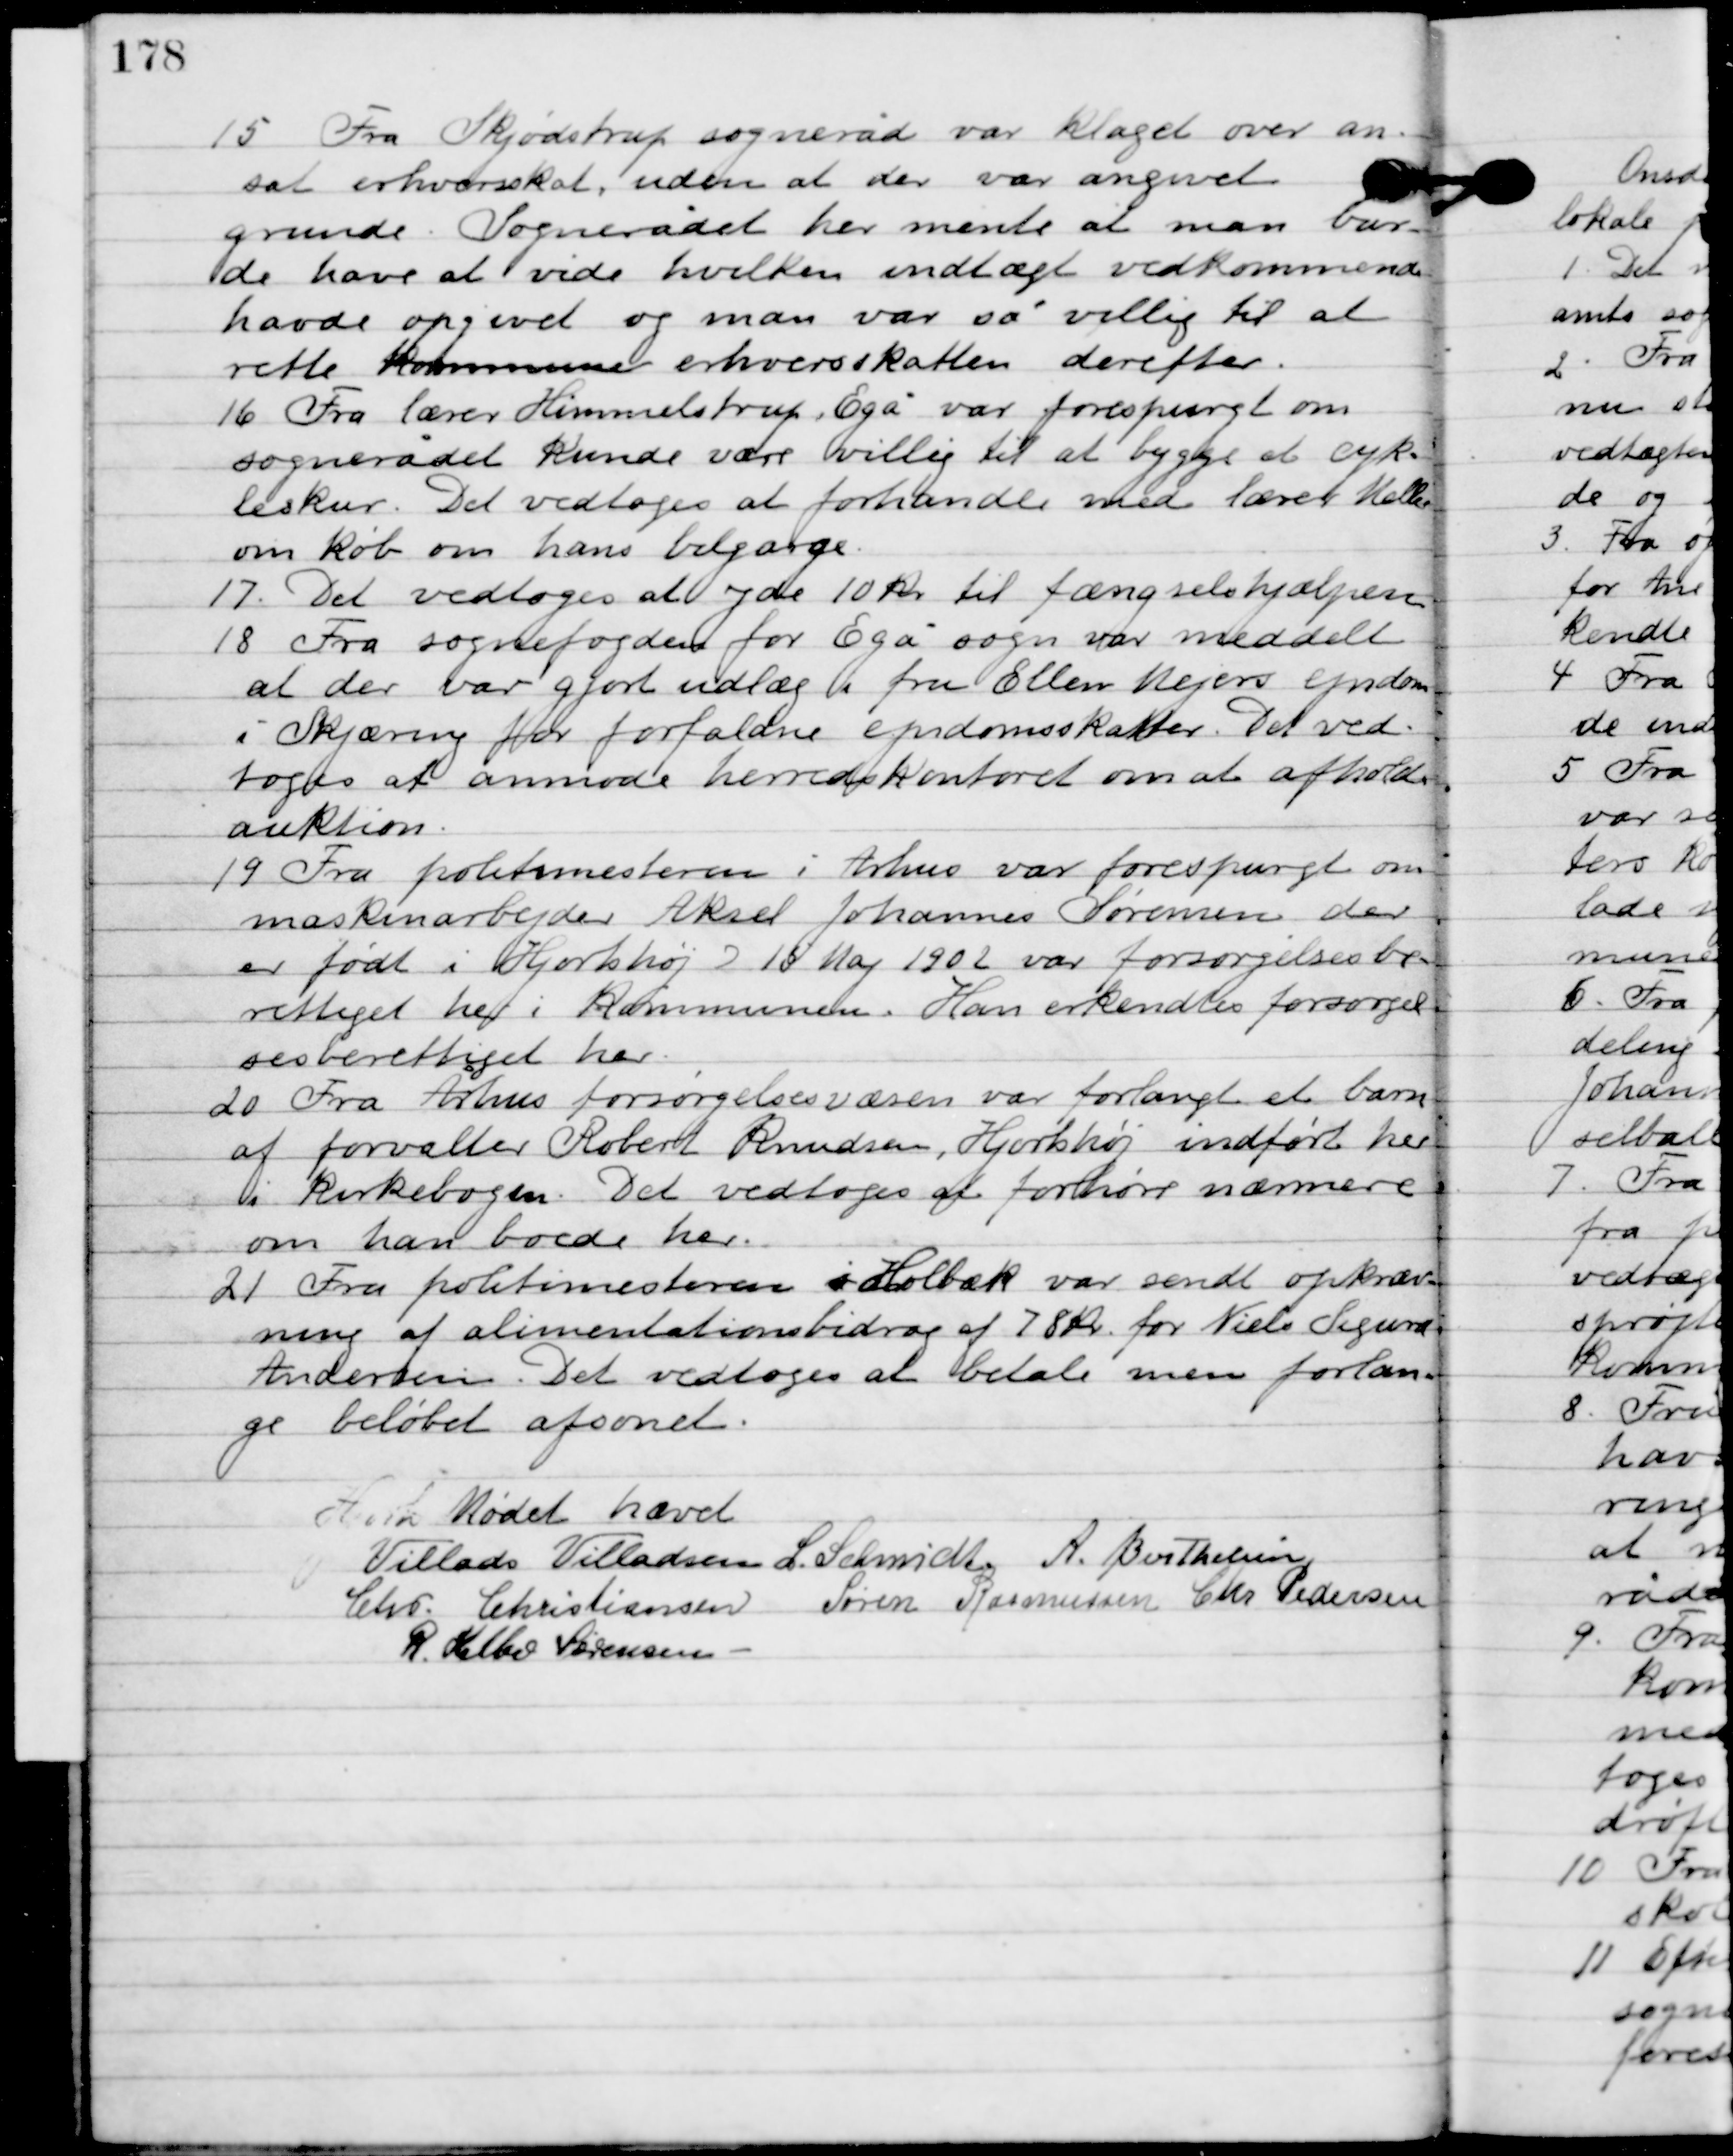
Transskription:
15

Fra Skjødstrup sogneråd var klaget over an-
sat erhvervsskat, uden at der var angivet
 grunde. Sognerådet her mente at man bur-
de have at vide hvilken indtægt vedkommende
havde opgivet og man var så villig til at
rette kommune erhvervsskatten derefter.

16

Fra lærer Himmelstrup, Egå var forespurgt om
sognerådet kunde være villig til at bygge et cyk-
leskur. Det vedtoges at forhandle med lærer Keller
 om køb om hans bilgarge.

17

Det vedtoges at yde 10 kr. til fængselshjælpen.

18

Fra sognefogeden for Egå sogn var meddelt
at der var gjort udlæg i fru Ellen Mejers ejendom
i Skjæring for forfaldne ejendomsskatter. Det ved-
toges at anmode herreds kontoret om at afholde
 auktion.

19

Fra politimesteren i Århus var forespurgt om
maskinarbejder Aksel Johannes Sørensen der
er født i Hjortshøj D. 18. Maj 1902 var forsørgelsesbe-
rettiget her i kommunen. Han erkendtes forsørgel-
sesberettiget

20

Fra Århus forsørgelsesvæsen var forlangt et barn
af forvalter Robert Knudsen, Hjortshøj indført her
i kirkebogen. Det vedtoges at forhøre nærmere
om han boede her.

21

Fra politimesteren i Holbæk var sendt opkræv-
ning af alimentationsbidrag af 78 kr. for Niels Sigurd
Andersen. Det vedtoges at betale men forlan-
ge beløbet afsonet.

Mødet hævet.

Villads J. Villadsen
I. Schmidt
A. Berthelsen
Chr. Christiansen
Søren Rasmussen
Chr. Pedersen
R. Helbo Sørensen